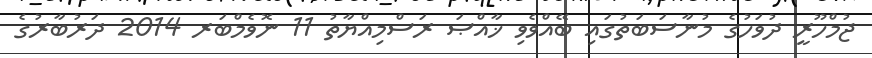
ޖުމްހޫރީ ދުވަހުގެ މުނާސަބަތުގައި ބޭއްވެވި ޚާއްޞަ ރަސްމިއްޔާތު 11 ނޮވެމްބަރ 2014 ދަރުބާރުގެ